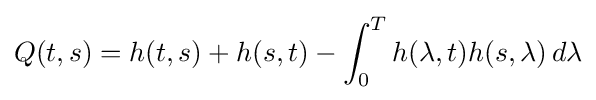
Q(t,s)=h(t,s)+h(s,t)-\int _{0}^{T}h(\lambda ,t)h(s,\lambda )\,d\lambda